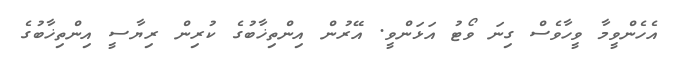
އެހެންވީމާ ވީހާވެސް ގިނަ ވޯޓު އަޅަންވީ. އޭރުން އިންތިޚާބުގެ ކުރިން ރިޔާސީ އިންތިޚާބުގެ